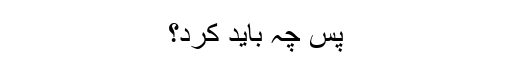
پس چہ باید کرد؟